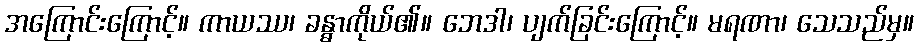
အကြောင်းကြောင့်။ ကာယဿ၊ ခန္ဓာကိုယ်၏။ ဘေဒါ၊ ပျက်ခြင်းကြောင့်။ မရဏာ၊ သေသည်မှ။